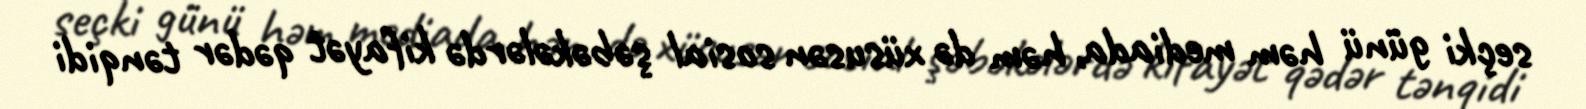
seçki günü həm mediada, həm də xüsusən sosial şəbəkələrdə kifayət qədər tənqidi